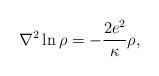
LaTeX: \begin{align*}{\nabla}^2 \ln \rho = -\frac{2e^2}{\kappa} \rho,\end{align*}